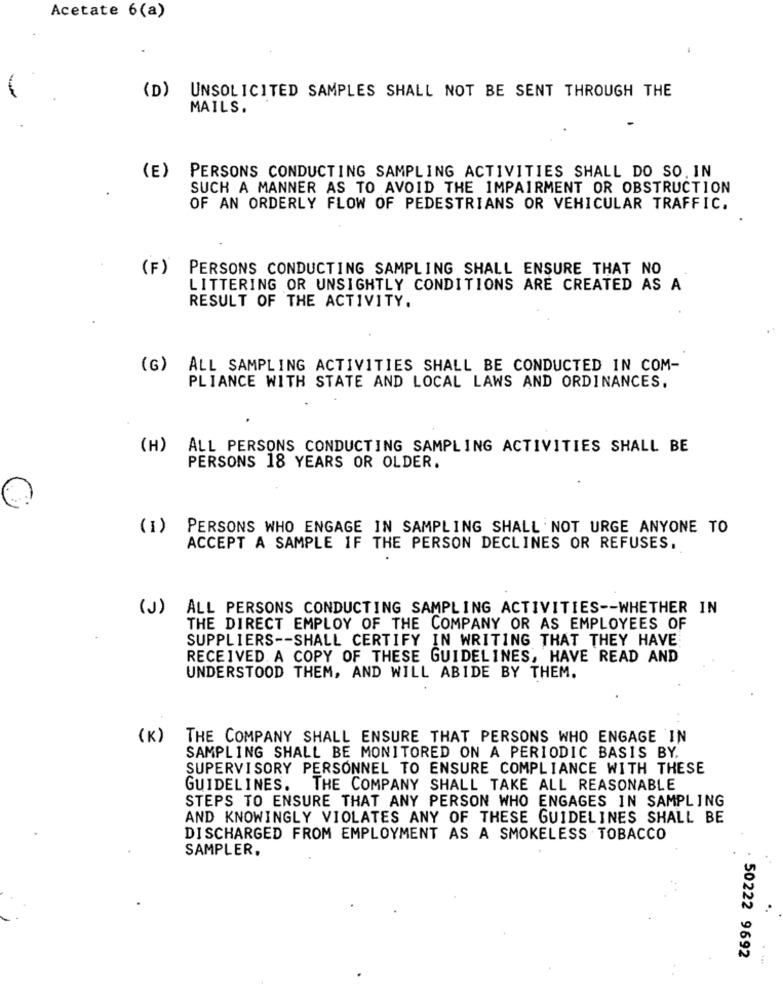
Acetate 6(a)
(D)
UNSOLICITED SAMPLES SHALL NOT BE SENT THROUGH THE
MAILS.
(E)
PERSONS CONDUCTING SAMPLING ACTIVITIES SHALL DO SO. IN
SUCH A MANNER AS TO AVOID THE IMPAIRMENT OR OBSTRUCTION
OF AN ORDERLY FLOW OF PEDESTRIANS OR VEHICULAR TRAFFIC.
(F)
PERSONS CONDUCTING SAMPLING SHALL ENSURE THAT NO
LITTERING OR UNSIGHTLY CONDITIONS ARE CREATED AS A
RESULT OF THE ACTIVITY.
(G)
ALL SAMPLING ACTIVITIES SHALL BE CONDUCTED IN COM-
PLIANCE WITH STATE AND LOCAL LAWS AND ORDINANCES.
(H)
ALL PERSONS CONDUCTING SAMPLING ACTIVITIES SHALL BE
PERSONS 18 YEARS OR OLDER.
(1)
PERSONS WHO ENGAGE IN SAMPLING SHALL NOT URGE ANYONE TO
ACCEPT A SAMPLE IF THE PERSON DECLINES OR REFUSES.
( J )
ALL PERSONS CONDUCTING SAMPLING ACTIVITIES -- WHETHER IN
THE DIRECT EMPLOY OF THE COMPANY OR AS EMPLOYEES OF
SUPPLIERS -- SHALL CERTIFY IN WRITING THAT THEY HAVE
RECEIVED. A COPY OF THESE GUIDELINES, HAVE READ AND
UNDERSTOOD THEM, AND WILL ABIDE BY THEM.
( K)
THE COMPANY SHALL ENSURE THAT PERSONS WHO ENGAGE IN
SAMPLING SHALL BE MONITORED ON A PERIODIC BASIS BY.
SUPERVISORY PERSONNEL TO ENSURE COMPLIANCE WITH THESE
GUIDELINES.
THE COMPANY SHALL TAKE ALL REASONABLE
STEPS TO ENSURE THAT ANY PERSON WHO ENGAGES IN SAMPLING
AND KNOWINGLY VIOLATES ANY OF THESE GUIDELINES SHALL BE
DISCHARGED FROM EMPLOYMENT AS A SMOKELESS TOBACCO
SAMPLER.
. 50222 9692
. .